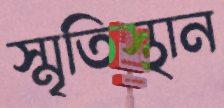
স্মৃতিস্থান